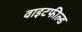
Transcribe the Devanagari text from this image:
वाइटफील्ड